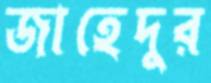
জাহেদুর